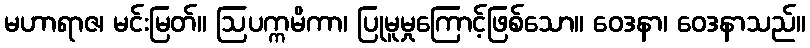
မဟာရာဇ၊ မင်းမြတ်။ ဩပက္ကမိကာ၊ ပြုမူမှုကြောင့်ဖြစ်သော။ ဝေဒနာ၊ ဝေဒနာသည်။